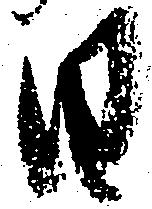
日